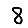
Digit: 8